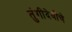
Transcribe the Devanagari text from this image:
तुंगीदेवीचे